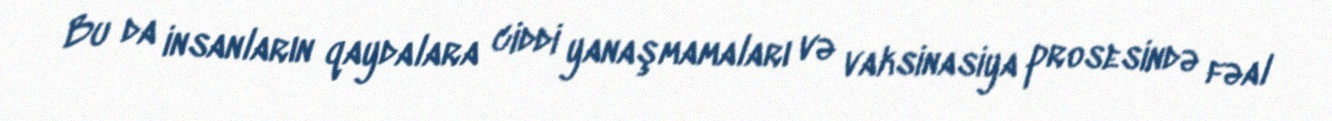
Bu da insanların qaydalara ciddi yanaşmamaları və vaksinasiya prosesində fəal